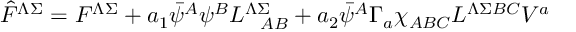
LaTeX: \hat { F } ^ { \Lambda \Sigma } = F ^ { \Lambda \Sigma } + a _ { 1 } \bar { \psi } ^ { A } \psi ^ { B } L _ { \ \ A B } ^ { \Lambda \Sigma } + a _ { 2 } \bar { \psi } ^ { A } \Gamma _ { a } \chi _ { A B C } L ^ { \Lambda \Sigma B C } V ^ { a }